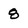
Character: 8